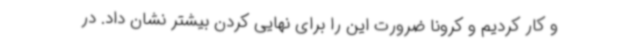
و کار کردیم و کرونا ضرورت این را برای نهایی کردن بیشتر نشان داد. در